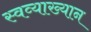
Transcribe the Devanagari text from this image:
स्वव्याख्यान